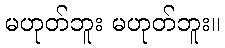
မဟုတ်ဘူး မဟုတ်ဘူး။